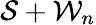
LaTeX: \mathcal{S}+\mathcal{W}_{n}